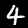
Label: 4